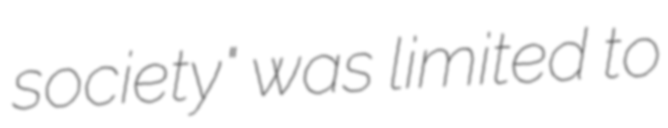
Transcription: society" was limited to